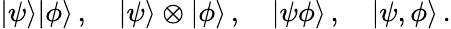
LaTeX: |\psi\rangle|\phi\rangle\, ,\quad|\psi\rangle\otimes|\phi\rangle\, ,\quad|\psi\phi\rangle\, ,\quad|\psi,\phi\rangle\, .